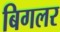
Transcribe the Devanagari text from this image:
बिगलर